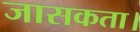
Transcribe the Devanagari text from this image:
जासकता।